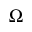
\Omega